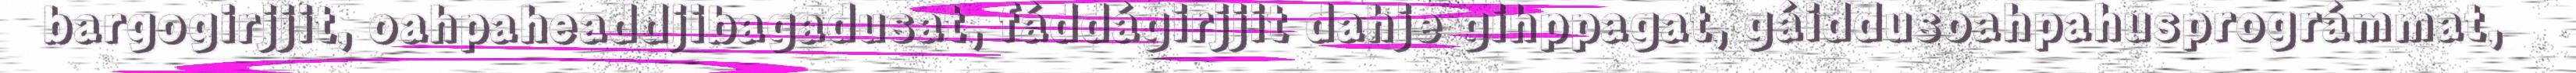
bargogirjjit, oahpaheaddjibagadusat, fáddágirjjit dahje gihppagat, gáiddusoahpahusprográmmat,